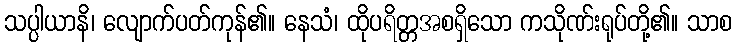
သပ္ပါယာနိ၊ လျောက်ပတ်ကုန်၏။ နေသံ၊ ထိုပရိတ္တအစရှိသော ကသိုဏ်းရုပ်တို့၏။ သာစ